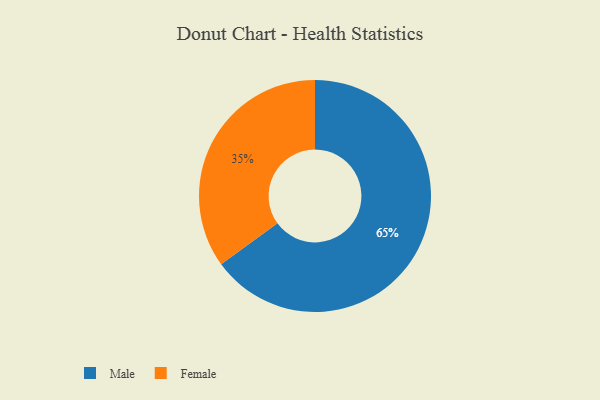
{"axis": {"x": "Category", "y": "Percentage"}, "legend": ["Female", "Male"], "data": [{"x": "Female", "y": 35, "type": "Female"}, {"x": "Male", "y": 65, "type": "Male"}]}